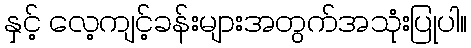
နှင့် လေ့ကျင့်ခန်းများအတွက်အသုံးပြုပါ။